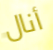
أنال